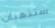
ستذهبان